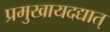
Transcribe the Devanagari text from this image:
प्रमुखायदद्यात्